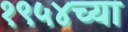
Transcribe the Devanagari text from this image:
१९५४च्या